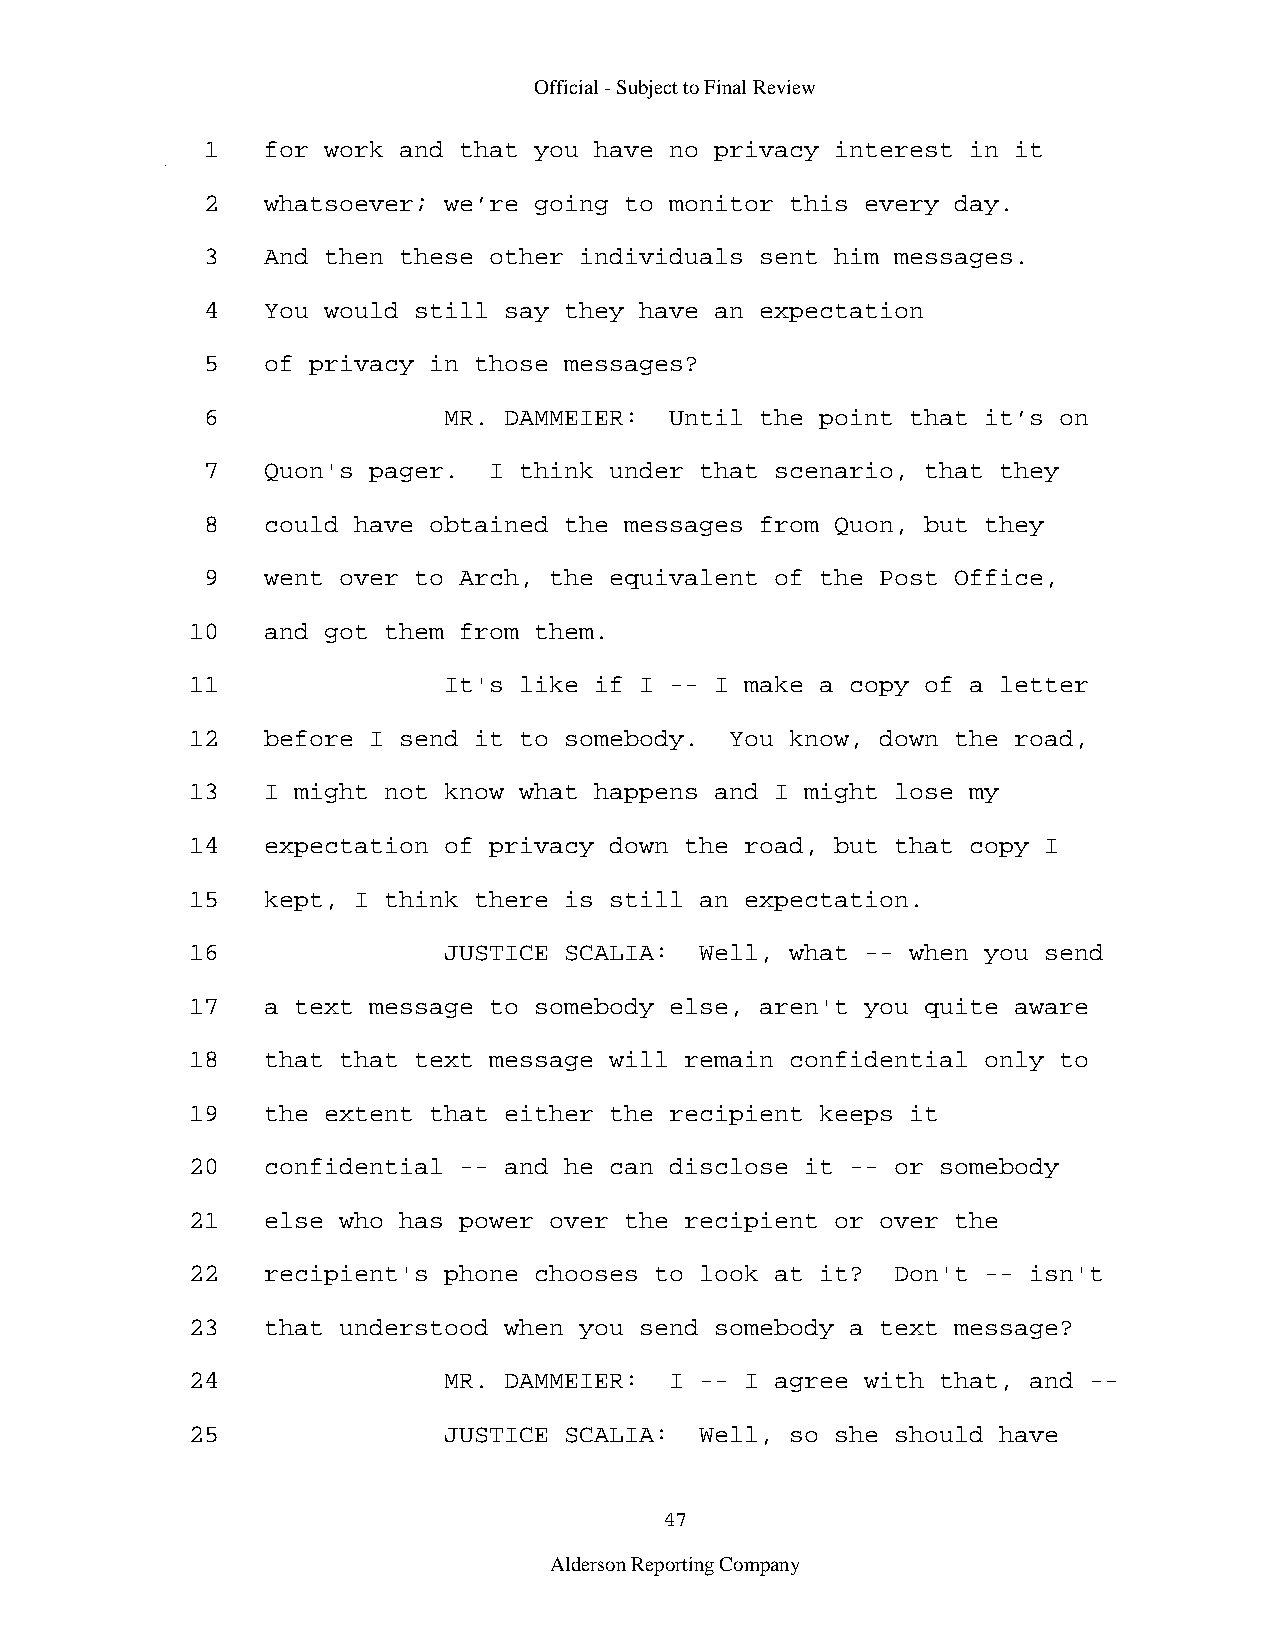
Official - Subject to Final Review
 1   for work and that you have no privacy interest in it
 2   whatsoever; we’re going to monitor this every day.
 3   And then these other individuals sent him messages.
 4   You would still say they have an expectation
 5   of privacy in those messages?
 6               MR. DAMMEIER:  Until the point that it’s on
 7   Quon's pager.  I think under that scenario, that they
 8   could have obtained the messages from Quon, but they
 9   went over to Arch, the equivalent of the Post Office,
 10   and got them from them.
 11               It's like if I -- I make a copy of a letter
 12   before I send it to somebody.  You know, down the road,
 13   I might not know what happens and I might lose my
 14   expectation of privacy down the road, but that copy I
 15   kept, I think there is still an expectation.
 16               JUSTICE SCALIA:  Well, what -- when you send
 17   a text message to somebody else, aren't you quite aware
 18   that that text message will remain confidential only to
 19   the extent that either the recipient keeps it
 20   confidential -- and he can disclose it -- or somebody
 21   else who has power over the recipient or over the
 22   recipient's phone chooses to look at it?  Don't -- isn't
 23   that understood when you send somebody a text message?
 24               MR. DAMMEIER:  I -- I agree with that, and --
 25               JUSTICE SCALIA:  Well, so she should have
 47
 Alderson Reporting Company